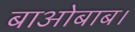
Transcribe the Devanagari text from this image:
बाओबाब।